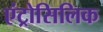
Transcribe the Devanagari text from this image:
एंट्रोसिलिक